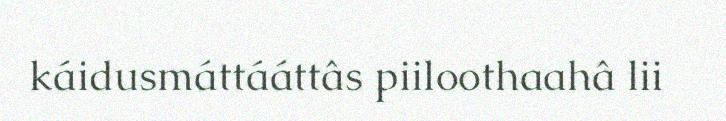
káidusmáttááttâs piiloothaahâ lii